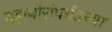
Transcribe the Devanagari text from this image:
महानोरांपर्यंतच्या